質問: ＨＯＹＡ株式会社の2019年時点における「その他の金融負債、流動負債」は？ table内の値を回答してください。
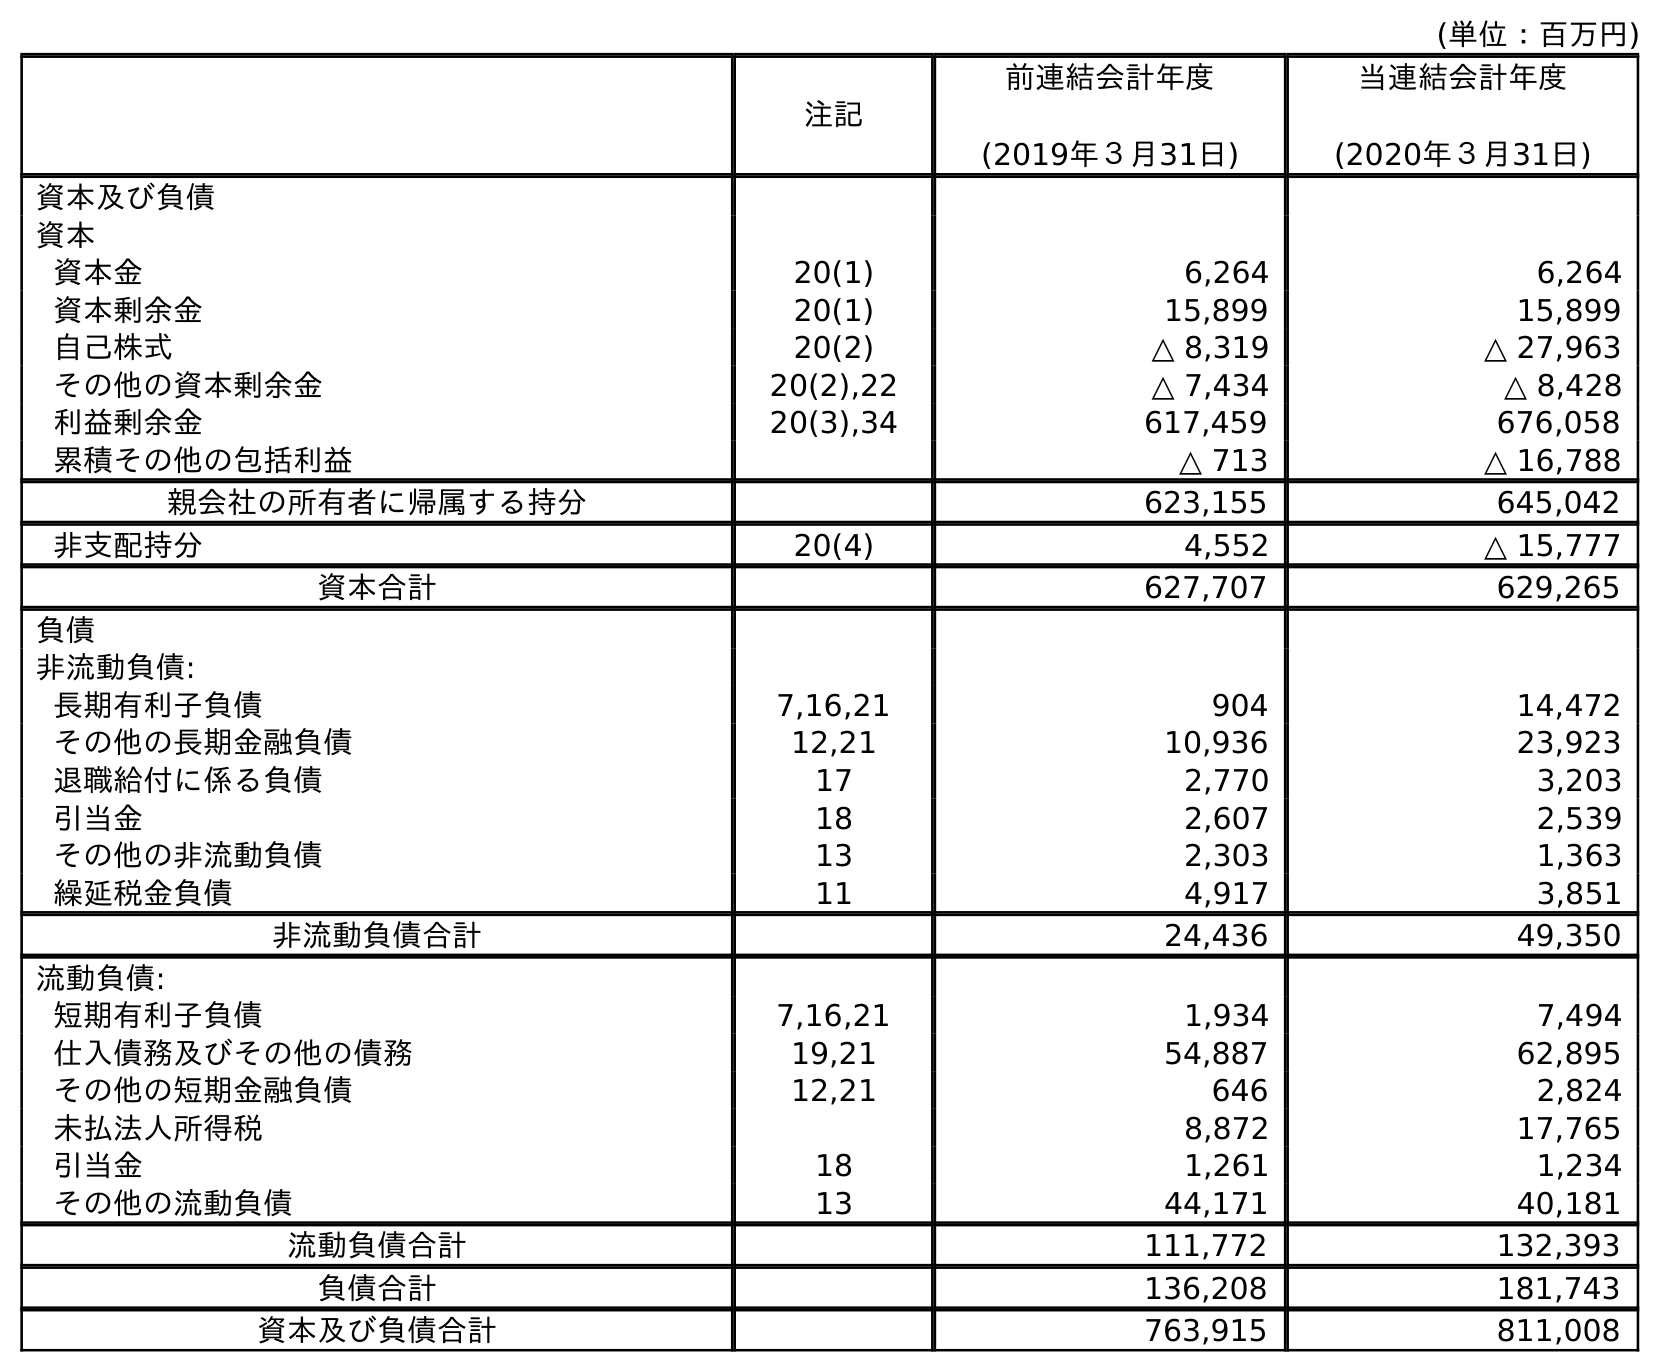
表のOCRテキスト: (単位：百万円) 注記 前連結会計年度 (2019年３月31日) 当連結会計年度 (2020年３月31日) 資本及び負債 資本 資本金 20(1) 6,264 6,264 資本剰余金 20(1) 15,899 15,899 自己株式 20(2) △ 8,319 △ 27,963 その他の資本剰余金 20(2),22 △ 7,434 △ 8,428 利益剰余金 20(3),34 617,459 676,058 累積その他の包括利益 △ 713 △ 16,788 親会社の所有者に帰属する持分 623,155 645,042 非支配持分 20(4) 4,552 △ 15,777 資本合計 627,707 629,265 負債 非流動負債: 長期有利子負債 7,16,21 904 14,472 その他の長期金融負債 12,21 10,936 23,923 退職給付に係る負債 17 2,770 3,203 引当金 18 2,607 2,539 その他の非流動負債 13 2,303 1,363 繰延税金負債 11 4,917 3,851 非流動負債合計 24,436 49,350 流動負債: 短期有利子負債 7,16,21 1,934 7,494 仕入債務及びその他の債務 19,21 54,887 62,895 その他の短期金融負債 12,21 646 2,824 未払法人所得税 8,872 17,765 引当金 18 1,261 1,234 その他の流動負債 13 44,171 40,181 流動負債合計 111,772 132,393 負債合計 136,208 181,743 資本及び負債合計 763,915 811,008
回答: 646